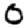
Digit: 0